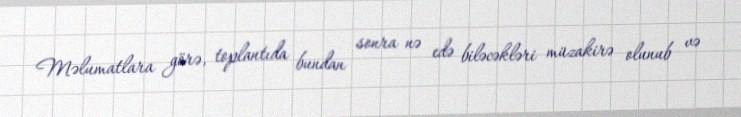
Məlumatlara görə, toplantıda bundan sonra nə edə biləcəkləri müzakirə olunub və